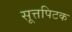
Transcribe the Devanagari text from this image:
सूत्तपिटक